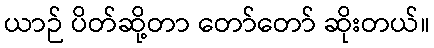
ယာဉ် ပိတ်ဆို့တာ တော်တော် ဆိုးတယ်။